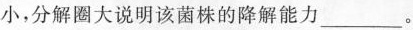
小，分解圈大说明该菌株的降解能力___。